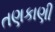
તણકાણી